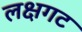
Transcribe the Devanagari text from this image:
लक्षगट